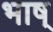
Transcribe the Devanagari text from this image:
भाष्